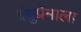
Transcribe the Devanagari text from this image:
बंधुप्रेमाला